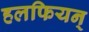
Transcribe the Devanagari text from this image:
हलफियन्